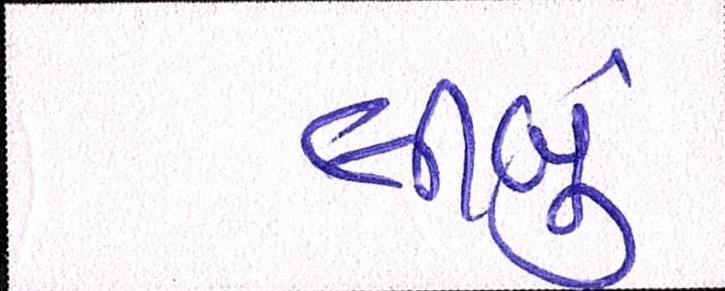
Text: લીબું